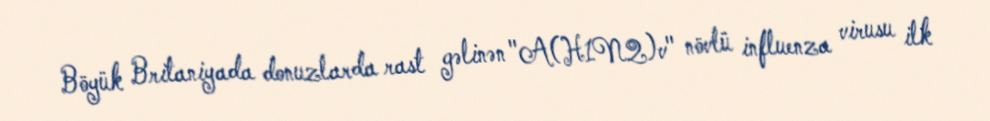
Böyük Britaniyada donuzlarda rast gəlinən "A(H1N2)v" növlü influenza virusu ilk